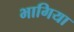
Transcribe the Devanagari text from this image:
भागिया